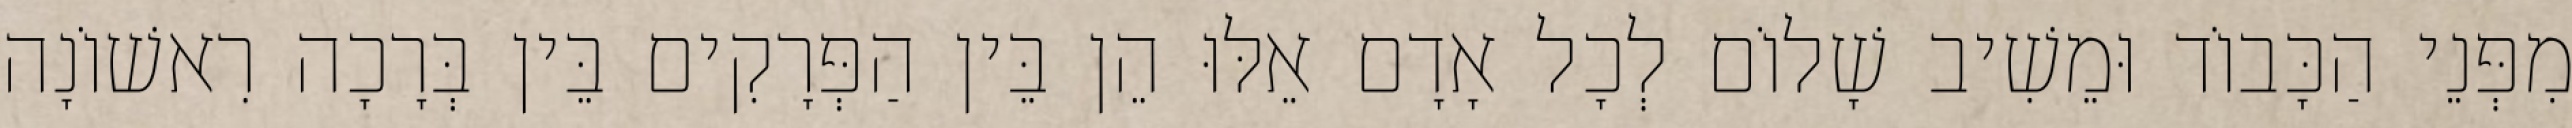
מִפְּנֵי הַכָּבוֹד וּמֵשִׁיב שָׁלוֹם לְכָל אָדָם אֵלּוּ הֵן בֵּין הַפְּרָקִים בֵּין בְּרָכָה רִאשׁוֹנָה